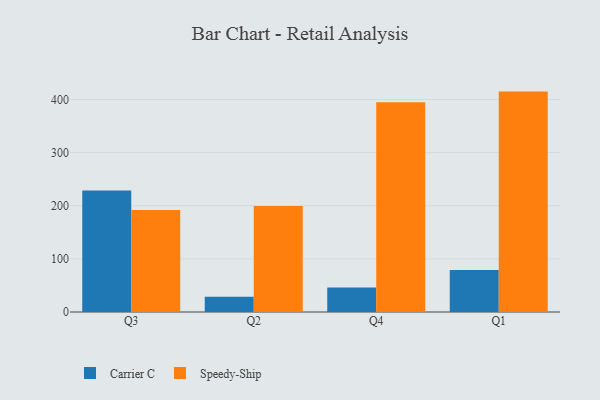
{"axis": {"x": "Quarter", "y": "Gross Profit (USD K)"}, "legend": ["Carrier C", "Speedy-Ship"], "data": [{"x": "Q3", "y": 228.8, "type": "Carrier C"}, {"x": "Q3", "y": 192.0, "type": "Speedy-Ship"}, {"x": "Q2", "y": 28.8, "type": "Carrier C"}, {"x": "Q2", "y": 199.6, "type": "Speedy-Ship"}, {"x": "Q4", "y": 46.0, "type": "Carrier C"}, {"x": "Q4", "y": 394.8, "type": "Speedy-Ship"}, {"x": "Q1", "y": 79.2, "type": "Carrier C"}, {"x": "Q1", "y": 414.7, "type": "Speedy-Ship"}]}